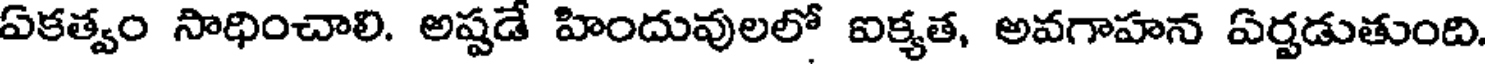
ఏకత్వం సాధించాలి. అష్టడే హిందువులలో ఐక్యత, అవగాహన ఏర్పడుతుంది